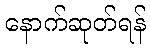
နောက်ဆုတ်ရန်